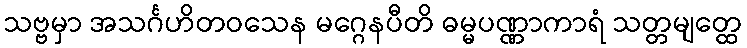
သဗ္ဗမှာ အသင်္ဂဟိတဝသေန မဂ္ဂေနပီတိ ဓမ္မပဏ္ဏာကာရံ သတ္တမျတ္ထေ